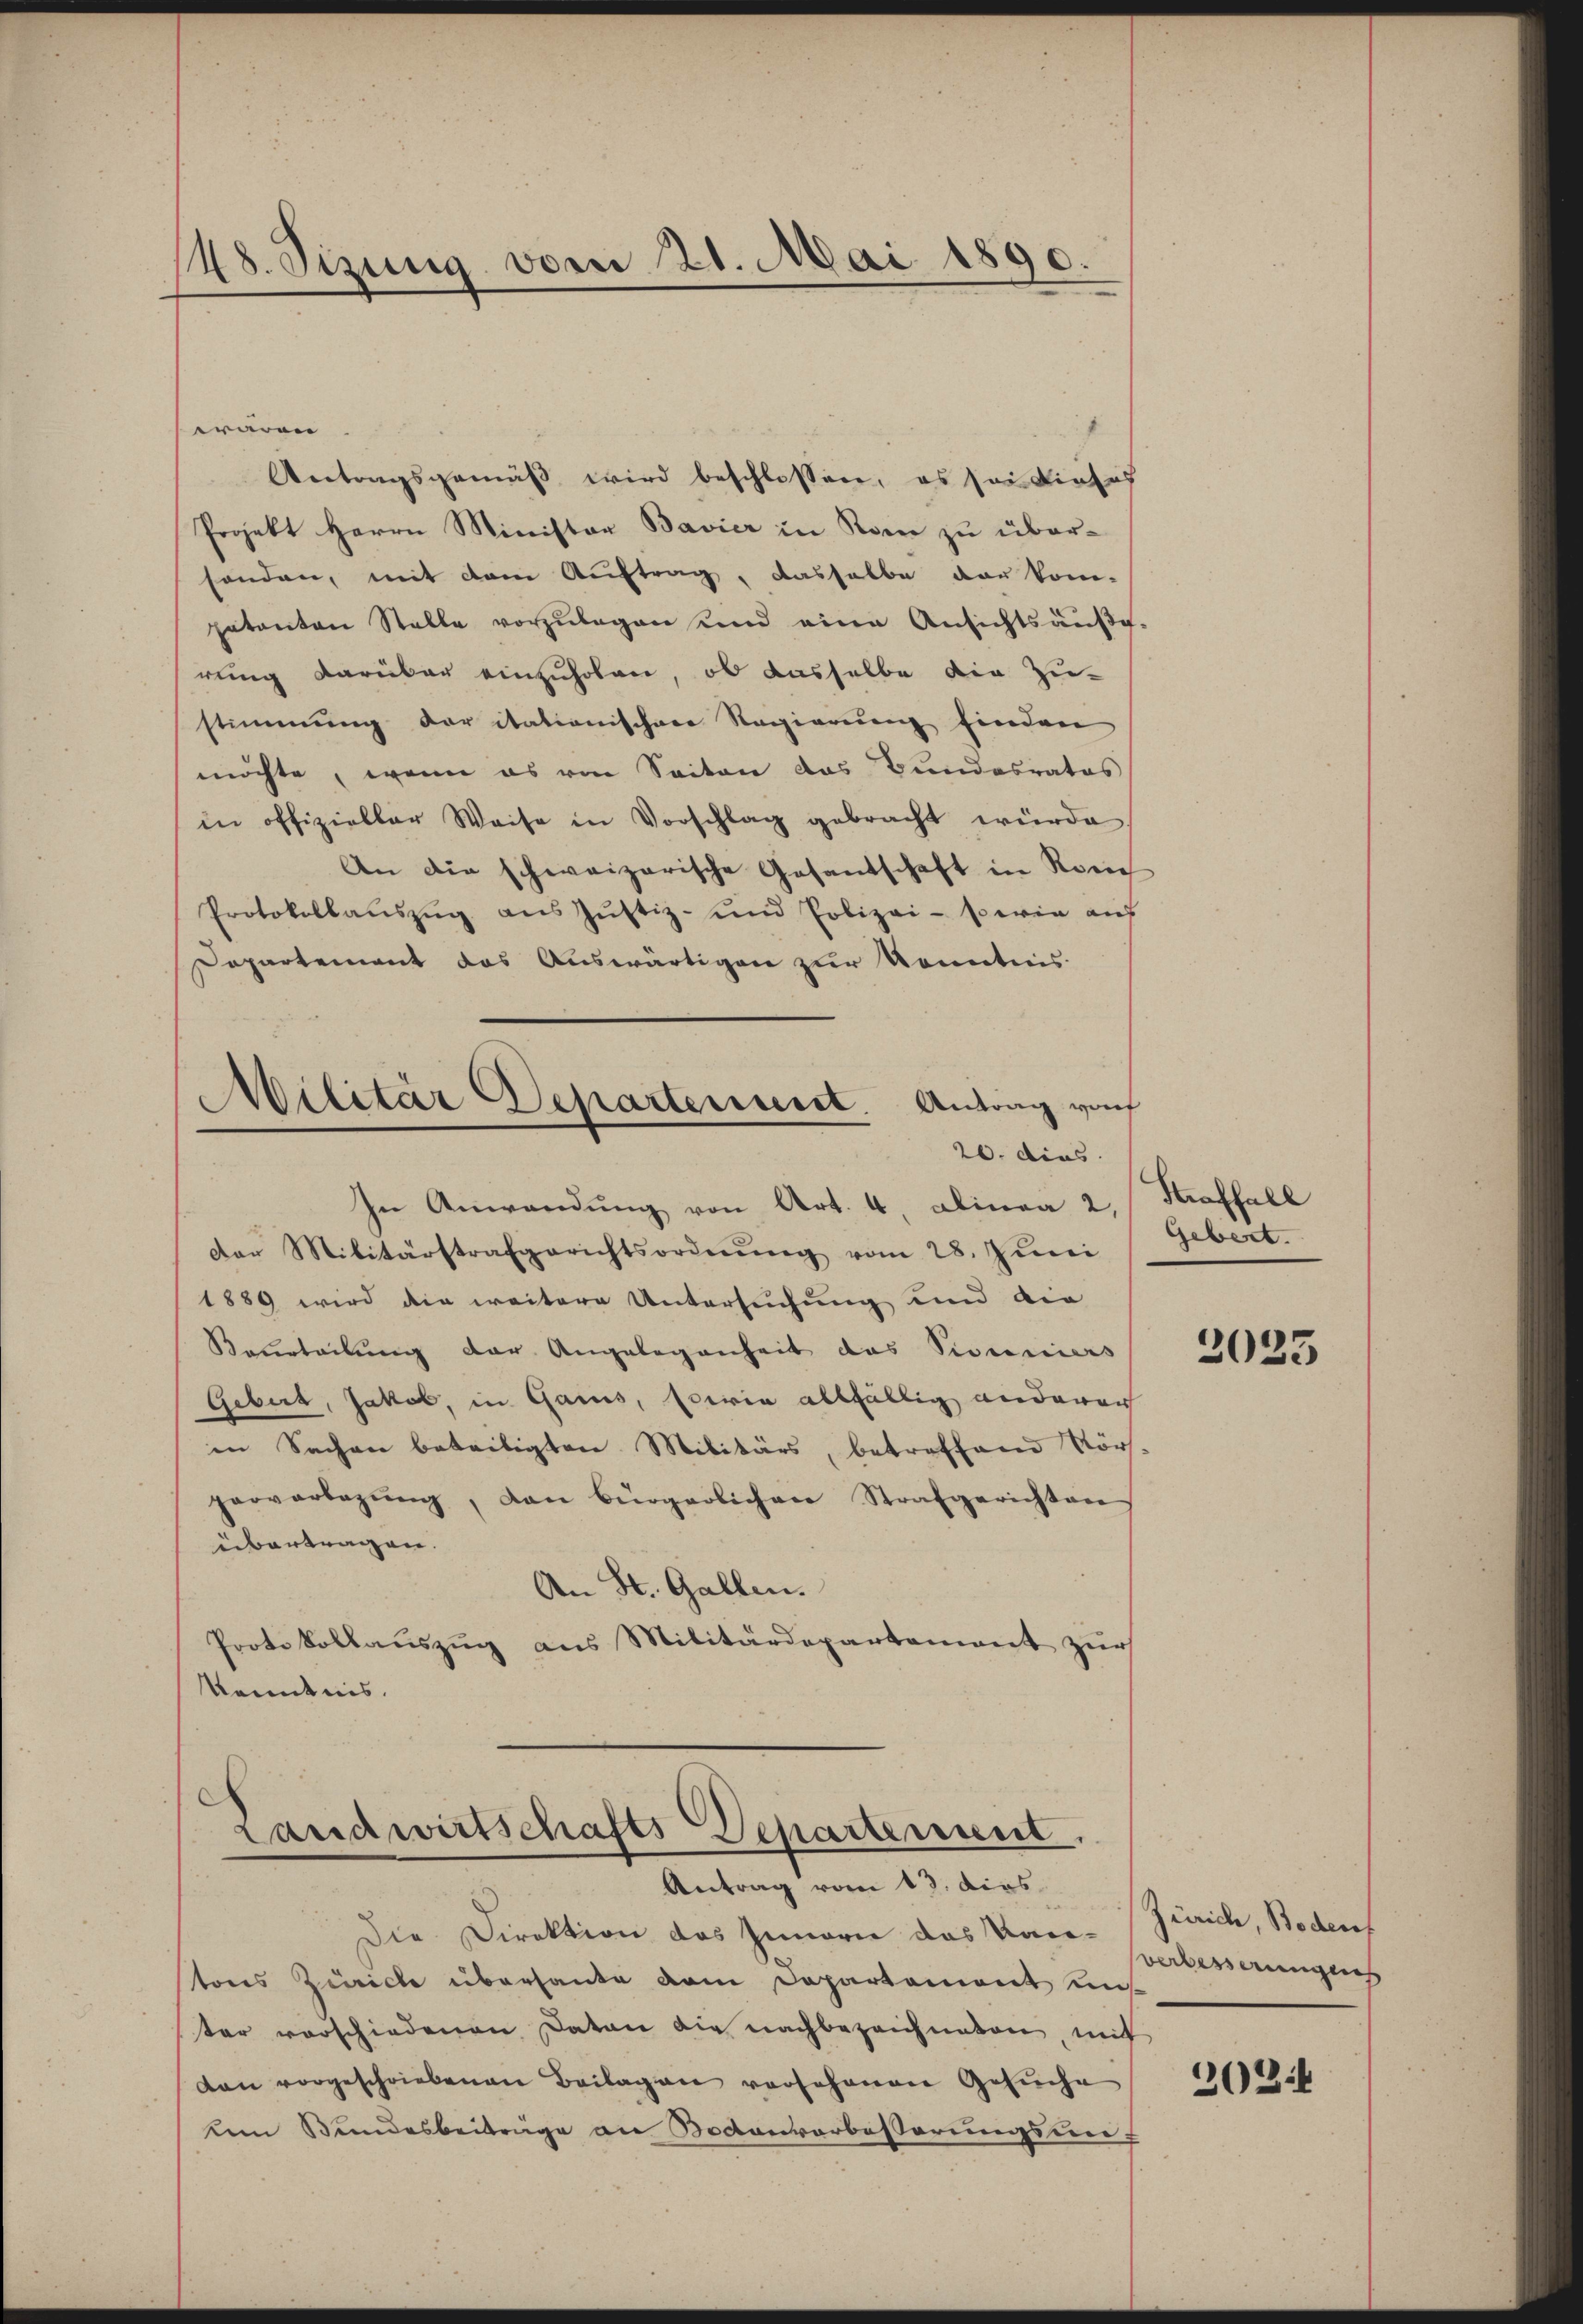
48. Sizung vom 21. Mai 1890.

wären
Antragsgemäβ wird beschlossen, es sei dieses
Projekt Herrn Minister Bavier in Rom zu übersonden, mit dem Auftrag, dasselbe der kom-
patanten Stalle vorzŭlegen und eine Ansichtsäŭβe-
rung darüber einzuholen, ob dasselbe die Zu-
stimmung der itationischene Regierung finden
möchte, wenn es von Seiten das Bundesrates
in offizieller Weise in Vorschlag gebracht würde.
An die schweizerische Gesantschaft in Kon
Protokollaŭszŭg ans Jŭstiz- und Polizei-Perin auf
Departement das Auswärtigen zur Kenntnis.
Militär Departement. Antrag vo

20. dies

Landwirtschafts-Departement,
Antrag vom 13. dies

In Anwendŭng von Art. 4 alinea 2,
der Militärstrafgerichtsordnŭng vom 28. Jŭni
1889 wird die weitere Untersuchung und die
Beurteilung der Angelegenheit das Sinners
Gebirt, Jakob, in Garis, sowie allfällig anderen
in Sachen beteiligten Militärs, betreffend Körs-
parverlegŭng, den bürgerlichen Strafgerichten
übertragen.
An St. Gallen.
Protokollaŭszŭg ans Militärdepartement zŭr
kenntnis.

Die Direktion des Innerie das Vor-
tons Zürich überhaute dem Departement uns
ter vorschiedenen Daton die nachbezeichneten, mit
dann vorgeschriebenen Beilagen versehenen Gesuche
vom Bundesbeitrage an Bodenverbesserungsunf

Straffall
Gebert.

2025

Zürich Bedenf
verbesserungenes

2024